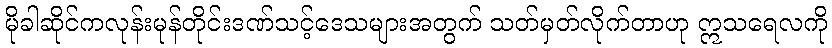
မိုခါဆိုင်ကလုန်းမုန်တိုင်းဒဏ်သင့်ဒေသများအတွက် သတ်မှတ်လိုက်တာဟု ဣသရေလကို